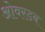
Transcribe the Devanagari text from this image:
ओवरडब